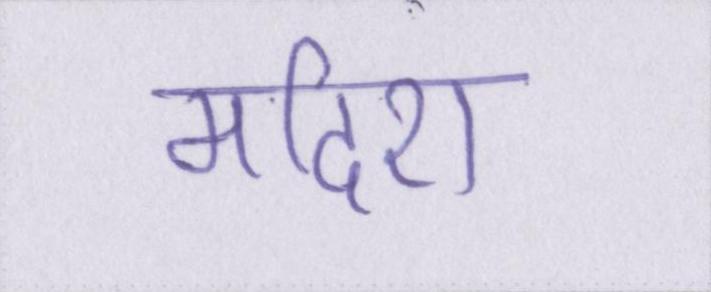
मदिरा